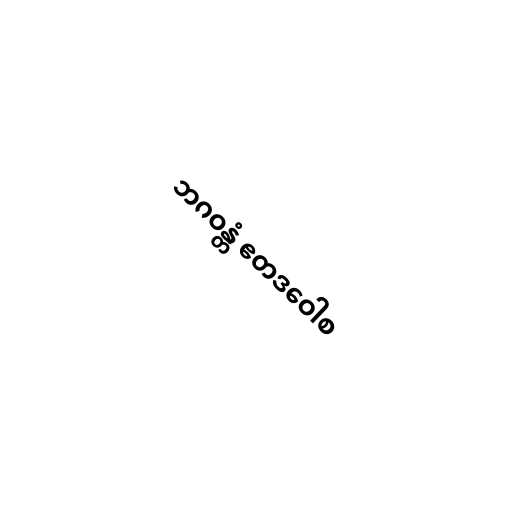
ဘဂဝန္တံ ဧတဒဝေါစ